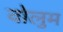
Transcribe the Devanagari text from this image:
वोलुम